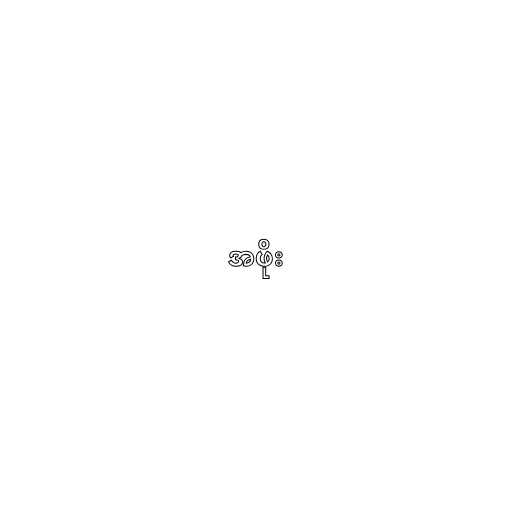
အဖိုး